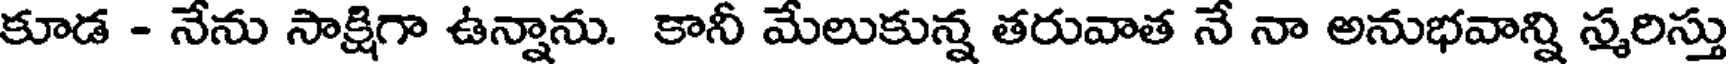
కూడ - నేను సాక్షిగా ఉన్నాను. కానీ మేలుకున్న తరువాత నే నా అనుభవాన్ని స్మరిస్తు